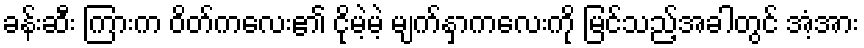
ခန်းဆီး ကြားက ဝိတ်ကလေး၏ ငိုမဲ့မဲ့ မျက်နှာကလေးကို မြင်သည့်အခါတွင် အံ့အား